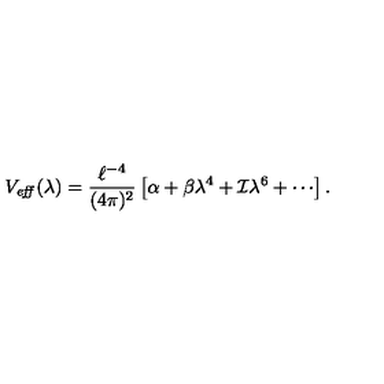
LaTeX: V _ { \mathrm { \footnotesize \it e f f } } ( \lambda ) = { \frac { \ell ^ { - 4 } } { ( 4 \pi ) ^ { 2 } } } \left[ \alpha + \beta \lambda ^ { 4 } + { \cal I } \lambda ^ { 6 } + \cdots \right] .